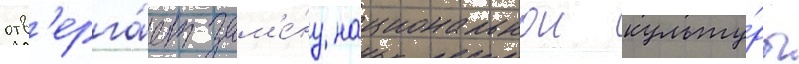
отв'ерга́ет зам'е́ну национальнои культу́ры